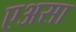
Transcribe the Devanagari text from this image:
एअसा